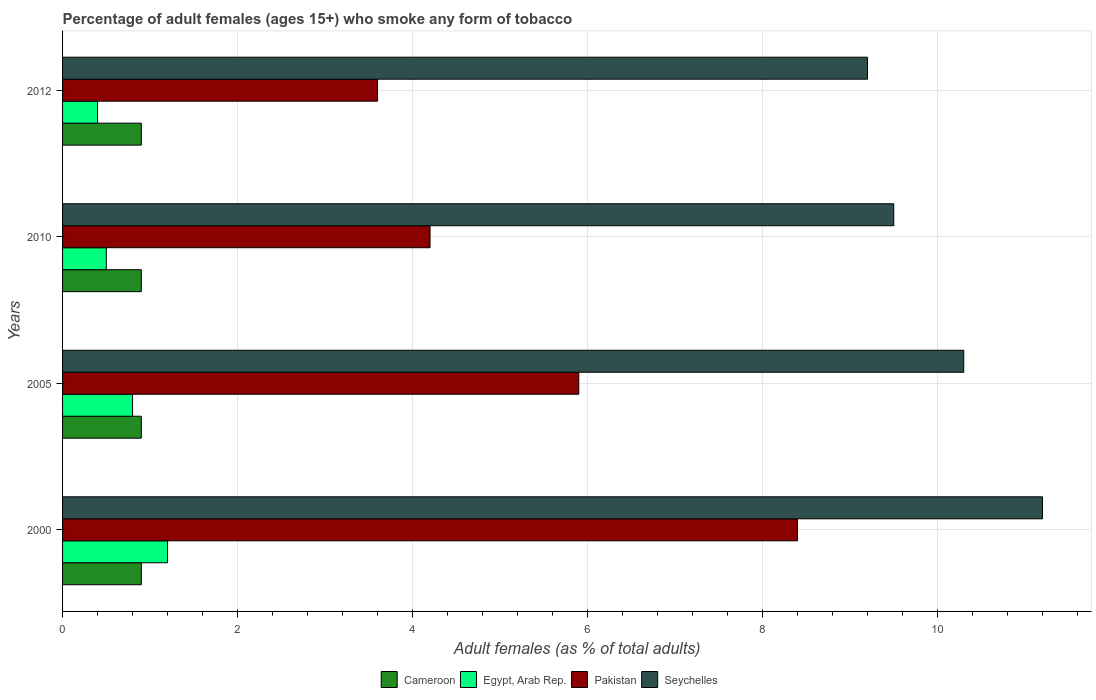
| Years | Cameroon | Egypt, Arab Rep. | Pakistan | Seychelles |
 | --- | --- | --- | --- | --- |
 | 2000 | 0.9 | 1.2 | 8.4 | 11.2 |
 | 2005 | 0.9 | 0.8 | 5.9 | 10.3 |
 | 2010 | 0.9 | 0.5 | 4.2 | 9.5 |
 | 2012 | 0.9 | 0.4 | 3.6 | 9.2 |